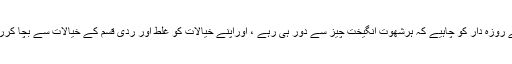
اس لیے روزہ دار کو چاہیے کہ ہرشھوت انگيخت چيز سے دور ہی رہے ، اوراپنے خیالات کو غلط اور ردی قسم کے خیالات سے بچا کررکھے ۔